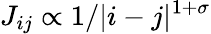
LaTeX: J_{ij}\propto 1/|i-j|^{1+\sigma}